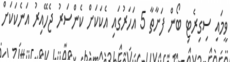
ވީމައި ސިގިރެޓި ބޯން ފަށާތާ 5 އަހަރުގައި އެކަކަށް ކެންސަރު ޖެހޭއިރު އަނެކަކަށް